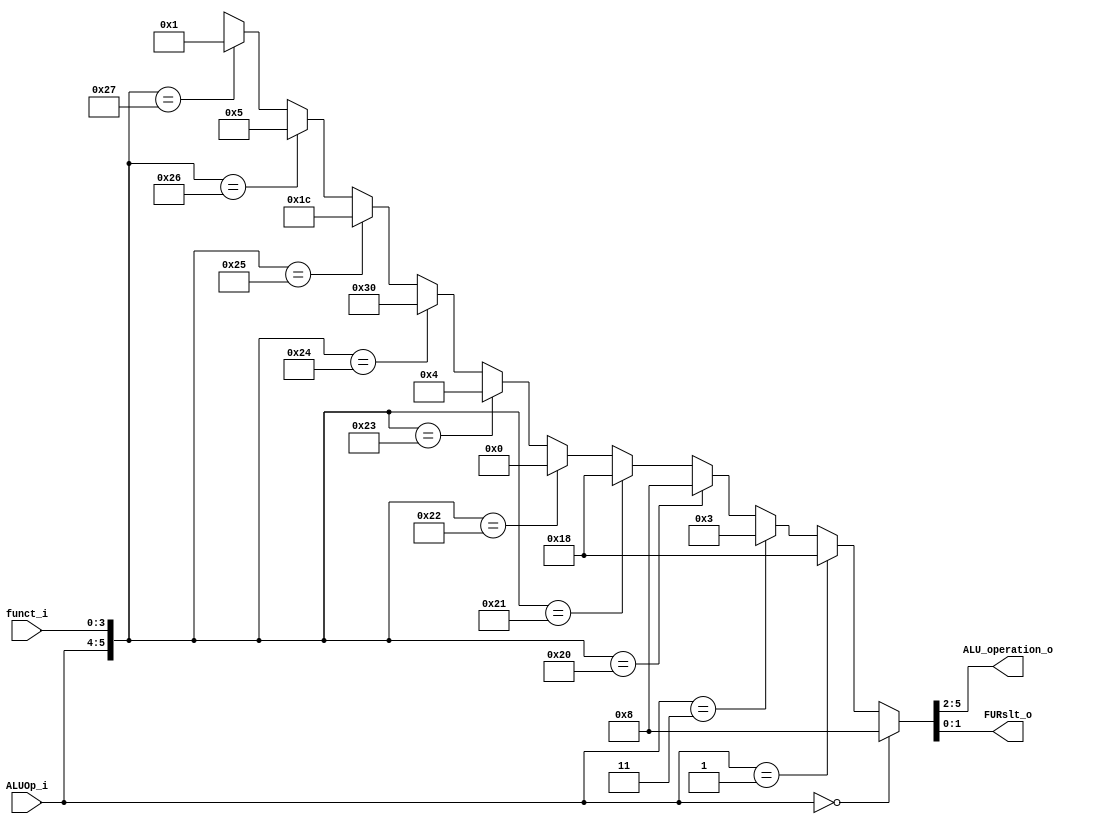
module ALU_Ctrl( funct_i, ALUOp_i, ALU_operation_o, FURslt_o);

//I/O ports 
input      [4-1:0] funct_i;
input      [2-1:0] ALUOp_i;

output     [4-1:0] ALU_operation_o;  
output     [2-1:0] FURslt_o;

//Internal Signals
wire		[4-1:0] ALU_operation_o;
wire		[2-1:0] FURslt_o; 
//Main function
assign { ALU_operation_o , FURslt_o } = ( ALUOp_i == 2'b00 ) ? 6'b0010_00 : // addi , lw , sw
                                        ( ALUOp_i == 2'b01 ) ? 6'b0110_00 : // beq , bne
                                        ( ALUOp_i == 2'b11 ) ? 6'b0000_11 : // lui  
                                        ( { ALUOp_i , funct_i } == 6'b10_0000 ) ? 6'b0010_00 : // add
                                        ( { ALUOp_i , funct_i } == 6'b10_0001 ) ? 6'b0110_00 : // sub
                                        ( { ALUOp_i , funct_i } == 6'b10_0010 ) ? 6'b0000_00 : // and
                                        ( { ALUOp_i , funct_i } == 6'b10_0011 ) ? 6'b0001_00 : // or
                                        ( { ALUOp_i , funct_i } == 6'b10_0100 ) ? 6'b1100_00 : // nor
                                        ( { ALUOp_i , funct_i } == 6'b10_0101 ) ? 6'b0111_00 : // slt
                                        ( { ALUOp_i , funct_i } == 6'b10_0110 ) ? 6'b000_1_01 : // sll , ALU_operation_o[0] => left/right = 1 (left) 
                                        ( { ALUOp_i , funct_i } == 6'b10_0111 ) ? 6'b000_0_01 : // srl , ALU_operation_o[0] => left/right = 0 (right) 
                                        6'bxxxx_xx;
endmodule